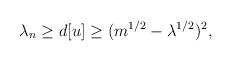
LaTeX: \begin{align*}\lambda_n\geq d[u]\geq(m^{1/2}-\lambda^{1/2})^2,\end{align*}